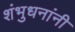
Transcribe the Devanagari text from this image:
शंभुधनांनी